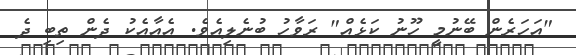
"އަހަރެން ބޭނުމީ ހޫނު ކަޅެއް" ރަވާހު ބުނެލިއެވެ. އެއާއެކު ދެން ތިބި ދެ